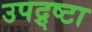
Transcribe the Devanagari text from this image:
उपद्र्ष्टा